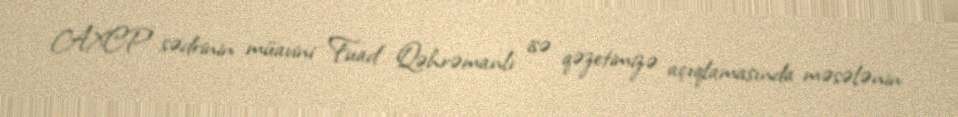
AXCP sədrinin müavini Fuad Qəhrəmanlı isə qəzetimizə açıqlamasında məsələnin